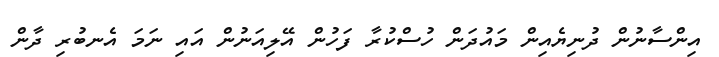
އިންސާނުން ދުނިޔެއިން މައުދަން ހުސްކުރާ ފަހުން އޭލިއަނުން އައި ނަމަ އެނބުރި ދާން